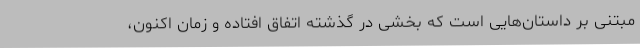
مبتنی بر داستان‌هایی‌ است که بخشی در گذشته اتفاق افتاده و زمان اکنون،